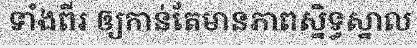
ទាំងពីរ ឲ្យកាន់តែមានភាពស្និទ្ធស្នាល